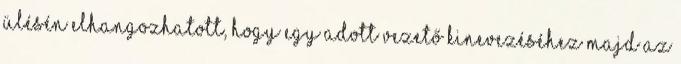
ülésén elhangozhatott, hogy egy adott vezető kinevezéséhez majd az